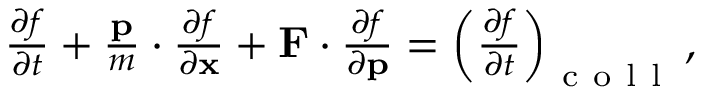
\begin{array} { r } { \frac { \partial f } { \partial t } + \frac { \mathbf { p } } { m } \cdot \frac { \partial f } { \partial \mathbf { x } } + \mathbf { F } \cdot \frac { \partial f } { \partial \mathbf { p } } = \left( \frac { \partial f } { \partial t } \right) _ { \mathrm { ~ c ~ o ~ l ~ l ~ } } , } \end{array}